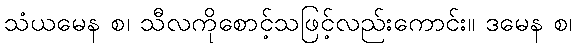
သံယမေန စ၊ သီလကိုစောင့်သဖြင့်လည်းကောင်း။ ဒမေန စ၊